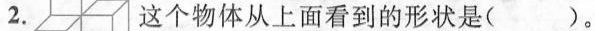
2.这个物体从上面看到的形状是（）。